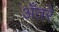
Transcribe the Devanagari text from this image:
अँतरे